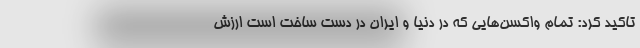
تاکید کرد: تمام واکسن‌هایی که در دنیا و ایران در دست ساخت است ارزش